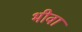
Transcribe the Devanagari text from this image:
भीवा